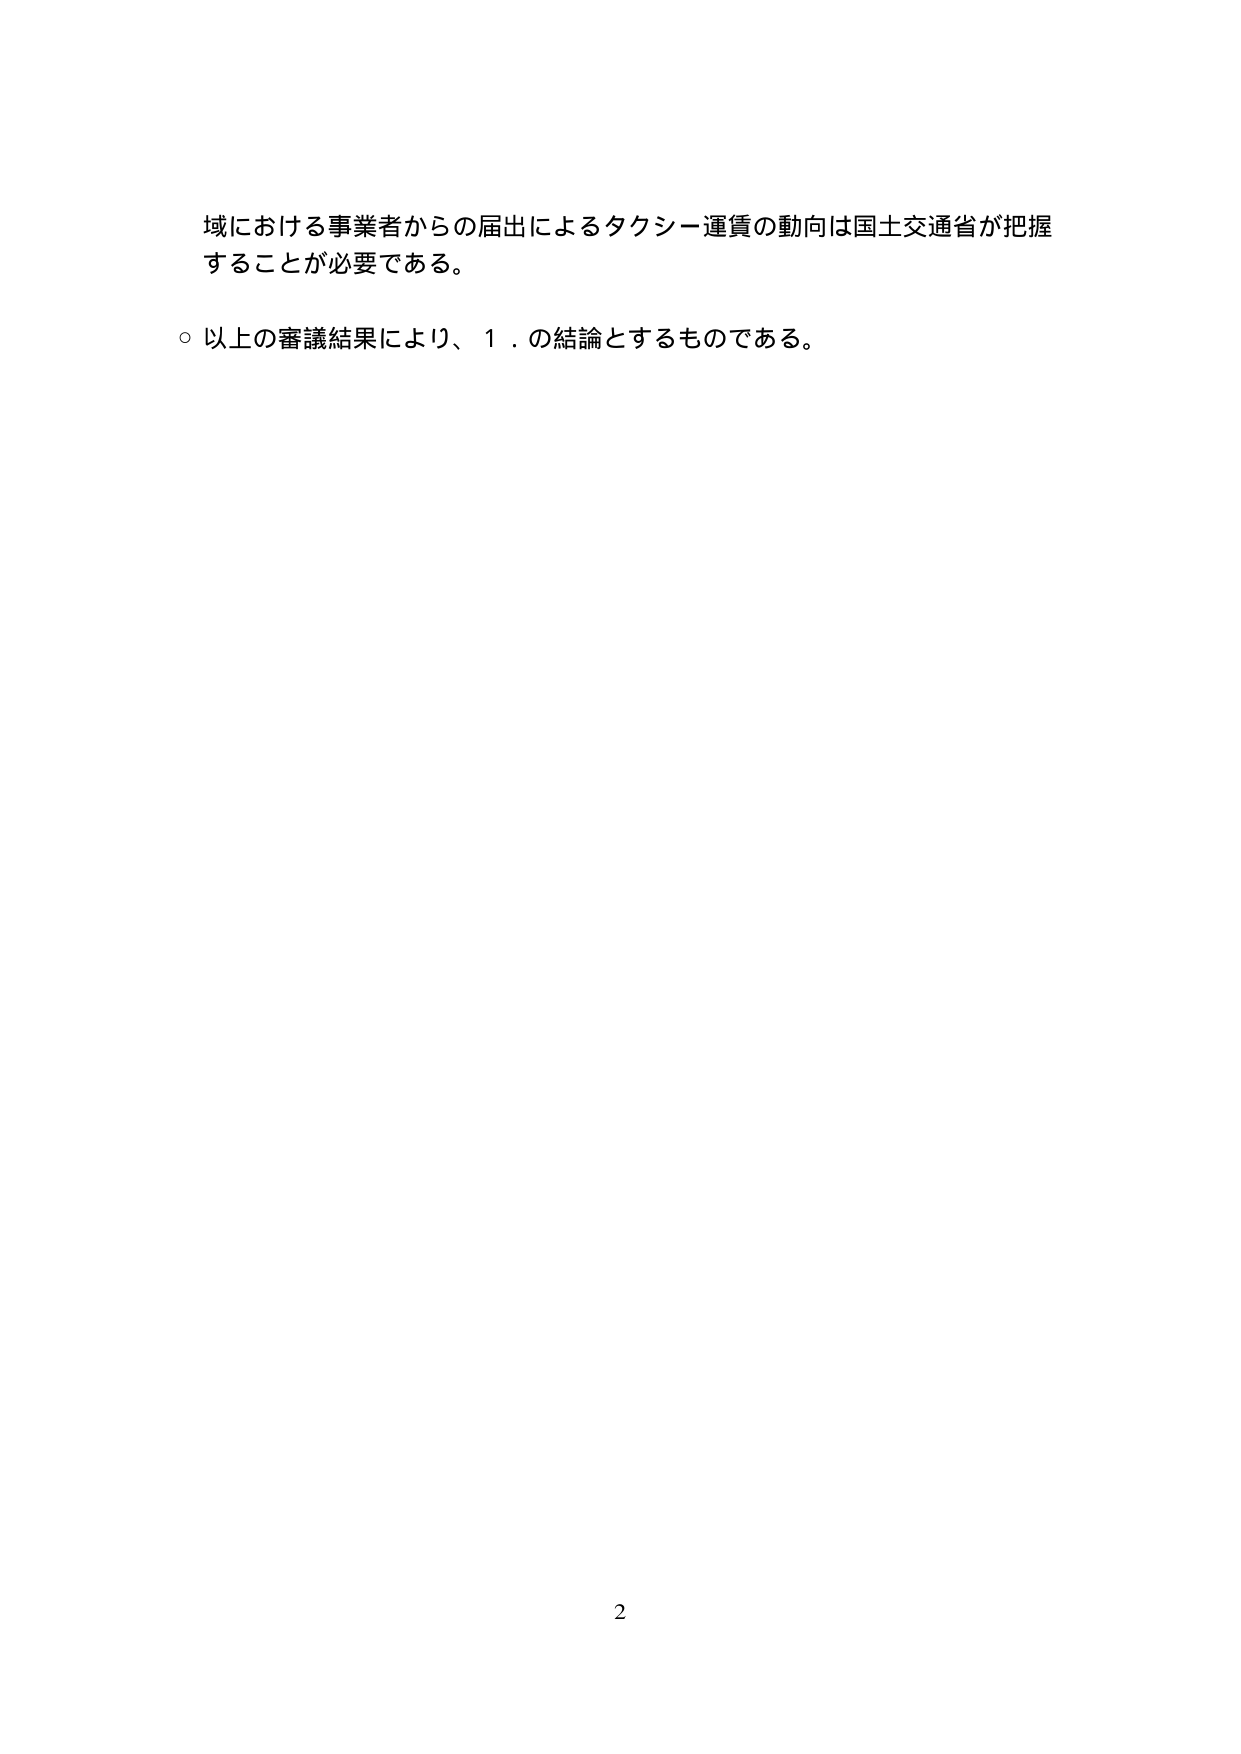
域における事業者からの届出によるタクシー運賃の動向は国土交通省が把握
することが必要である。
○ 以上の審議結果により、１．の結論とするものである。
2